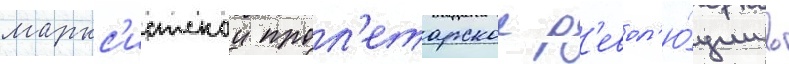
маркс'истскои прол'етарскои р'евол'ю́ции в